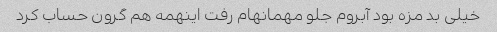
خیلی بد مزه بود آبروم جلو مهمانهام رفت اینهمه هم گرون حساب کرد